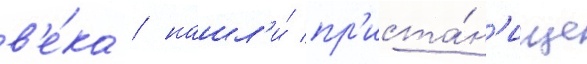
в'е́ка / нашл'и́ пр'иста́н'ище